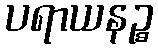
ပရာယနဉ္စ